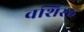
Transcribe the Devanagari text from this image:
वशिस्ठ